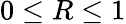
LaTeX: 0\leq R\leq 1